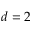
d = 2